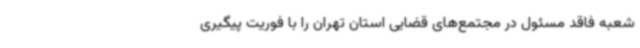
شعبه فاقد مسئول در مجتمع‌های قضایی استان تهران را با فوریت پیگیری